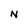
Character: N